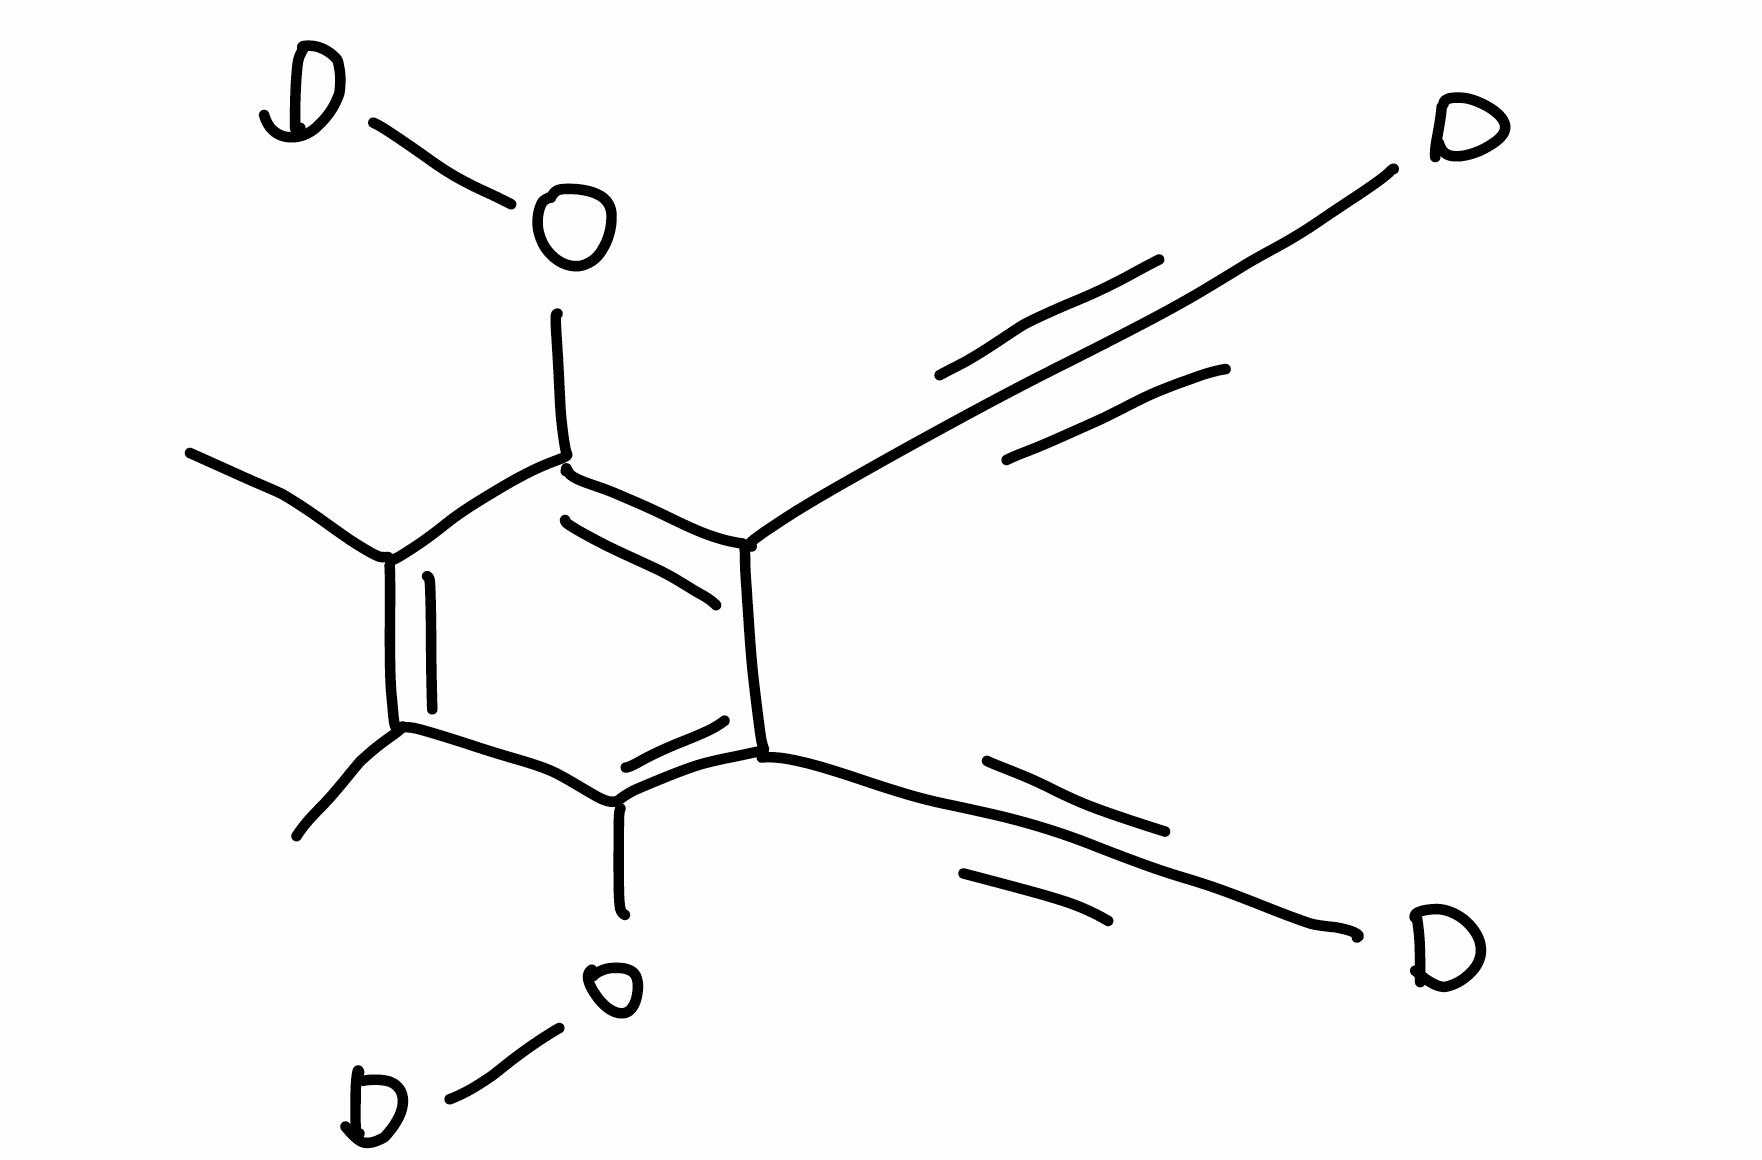
Simplified molecular-input line-entry system (SMILES) notation of the given molecule:
[2H]C#CC1=C(C(=C(C(=C1C#C[2H])O[2H])C)C)O[2H]